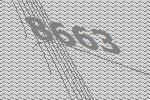
8663